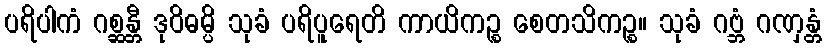
ပရိပါကံ ဂစ္ဆန္တီ ဒုဝိဓမ္ပိ သုခံ ပရိပူရေတိ ကာယိကဉ္စ စေတသိကဉ္စ။ သုခံ ဂဗ္ဘံ ဂဏှန္တံ